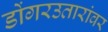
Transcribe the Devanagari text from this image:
डोंगरउतारांवर